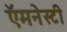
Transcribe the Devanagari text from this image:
ऍमनेस्टी